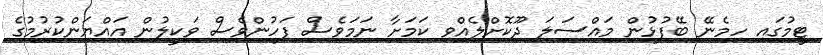
ޓީމުގައި ހިމެނޭ ބޭފުޅުން މައްސަލަ ދޫކޮށްލެއްވި ކަމަށާ ނަމަވެސް ފަހުންވެސް ވަކީލުން އައްޔަންކުރުމުގެ